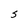
Character: S